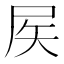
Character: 𡱁